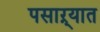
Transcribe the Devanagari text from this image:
पसाऱ्यात